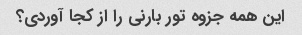
این همه جزوه تور بارنی را از کجا آوردی؟